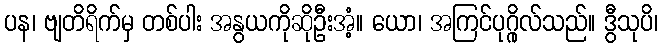
ပန၊ ဗျတိရိက်မှ တစ်ပါး အနွယကိုဆိုဦးအံ့။ ယော၊ အကြင်ပုဂ္ဂိုလ်သည်။ ဒွီသုပိ၊